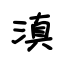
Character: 滇